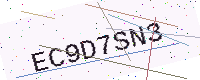
Text: EC9D7SN3